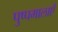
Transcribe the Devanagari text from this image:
पुष्पमालाएँ